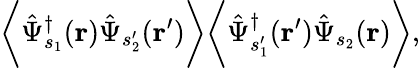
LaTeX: \biggl\langle\hat{\Psi}_{s_{1}}^{\dagger}(\mathbf{r})\hat{\Psi}_{s_{2}^{\prime}}(\mathbf{r^{\prime}})\biggr\rangle\biggl\langle\hat{\Psi}_{s_{1}^{\prime}}^{\dagger}(\mathbf{r^{\prime}})\hat{\Psi}_{s_{2}}(\mathbf{r})\biggr\rangle,